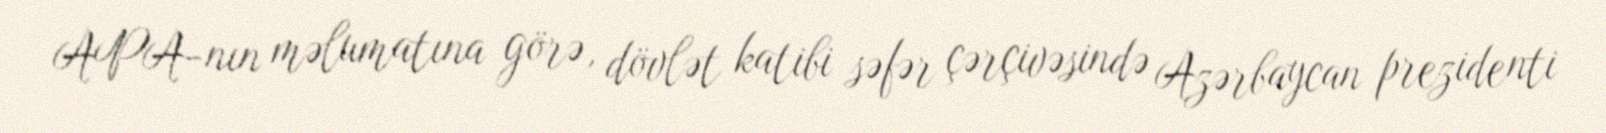
APA-nın məlumatına görə, dövlət katibi səfər çərçivəsində Azərbaycan prezidenti